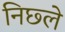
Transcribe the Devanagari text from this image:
निछ्ले